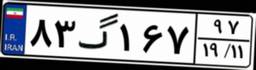
۶۸گ۶۶۴۵۷